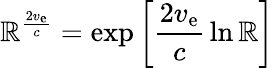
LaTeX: \mathbb{R}^{\frac{{2v_{\mathrm{{e}}}}}{{c}}}=\exp\left[{\frac{{2v_{\mathrm{{e}}}}}{{c}}}\ln\mathbb{R}\right]